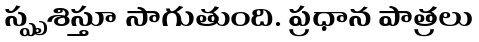
స్పృశిస్తూ సాగుతుంది. ప్రధాన పాత్రలు